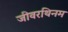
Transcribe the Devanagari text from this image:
जीवरथिनम